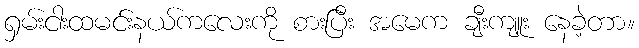
ရှမ်းငါးထမင်းနယ်ကလေးကို စားပြီး အမေက ချီးကျူး နေခဲ့တာ။